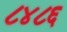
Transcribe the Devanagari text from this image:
८४८६